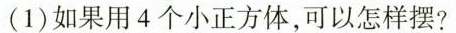
(1) 如果用 4 个小正方体，可以怎样摆?